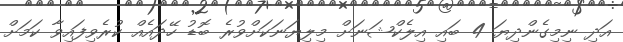
އަދި ނިމިގެންދިޔަ 4 ބައި އިލެކްޝަނަށް މިލިޔަނަކަށްވުރެ ބޮޑު ހޭދައެއް ކުރެވިފައިވާ ކަމަށް